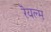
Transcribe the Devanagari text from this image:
रॆयल्म